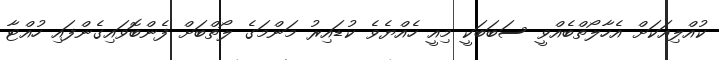
ކުއްލިއަކަށް އެހާލޯތްބެއްވީ ސަބަބަކީ މިއީ ހެއްޔެވެ ކުޑައިރު މަންމަގެ ލޯތްބަށް ފެންބޮވައިގެންފައި ހުއްޓާ